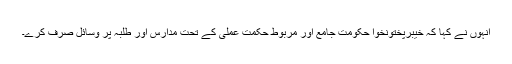
انہوں نے کہا کہ خیبرپختونخوا حکومت جامع اور مربوط حکمت عملی کے تحت مدارس اور طلبہ پر وسائل صرف کرے۔